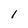
Character: l